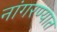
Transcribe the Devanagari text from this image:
नांगरण्यात